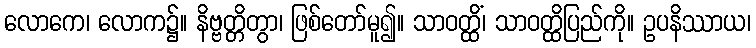
လောကေ၊ လောက၌။ နိဗ္ဗတ္တိတွာ၊ ဖြစ်တော်မူ၍။ သာဝတ္ထိံ၊ သာဝတ္ထိပြည်ကို။ ဥပနိဿာယ၊